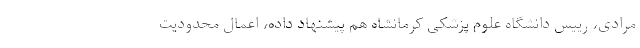
مرادی، رییس دانشگاه علوم پزشکی کرمانشاه هم پیشنهاد داده، اعمال محدودیت